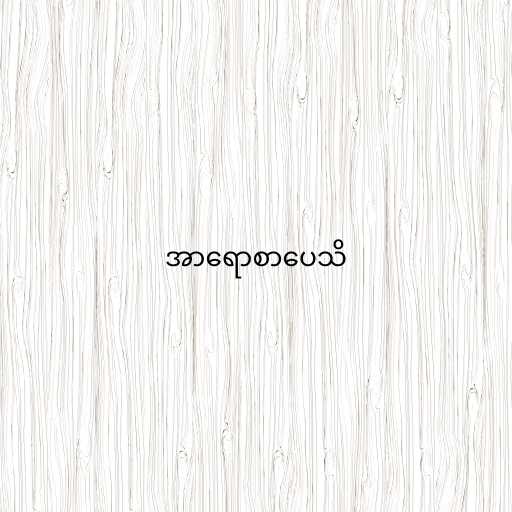
အာရောစာပေသိ